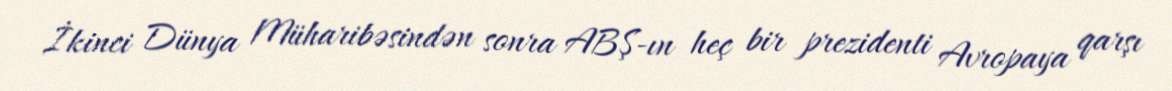
İkinci Dünya Müharibəsindən sonra ABŞ-ın heç bir prezidenti Avropaya qarşı